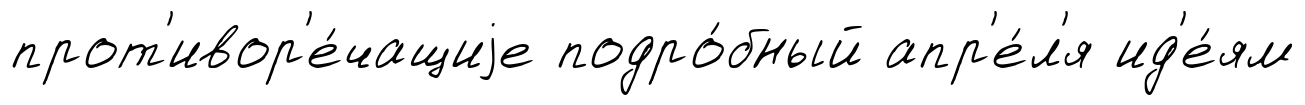
прот'ивор'е́чащиjе подро́бный апр'е́л'я ид'е́ям